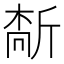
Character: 𫿻